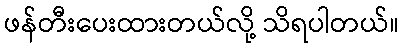
ဖန်တီးပေးထားတယ်လို့ သိရပါတယ်။